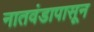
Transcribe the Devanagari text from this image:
नातवंडापासून